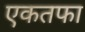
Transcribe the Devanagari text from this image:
एकतफा